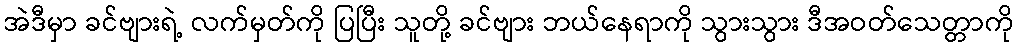
အဲဒီမှာ ခင်ဗျားရဲ့ လက်မှတ်ကို ပြပြီး သူတို့ ခင်ဗျား ဘယ်နေရာကို သွားသွား ဒီအဝတ်သေတ္တာကို